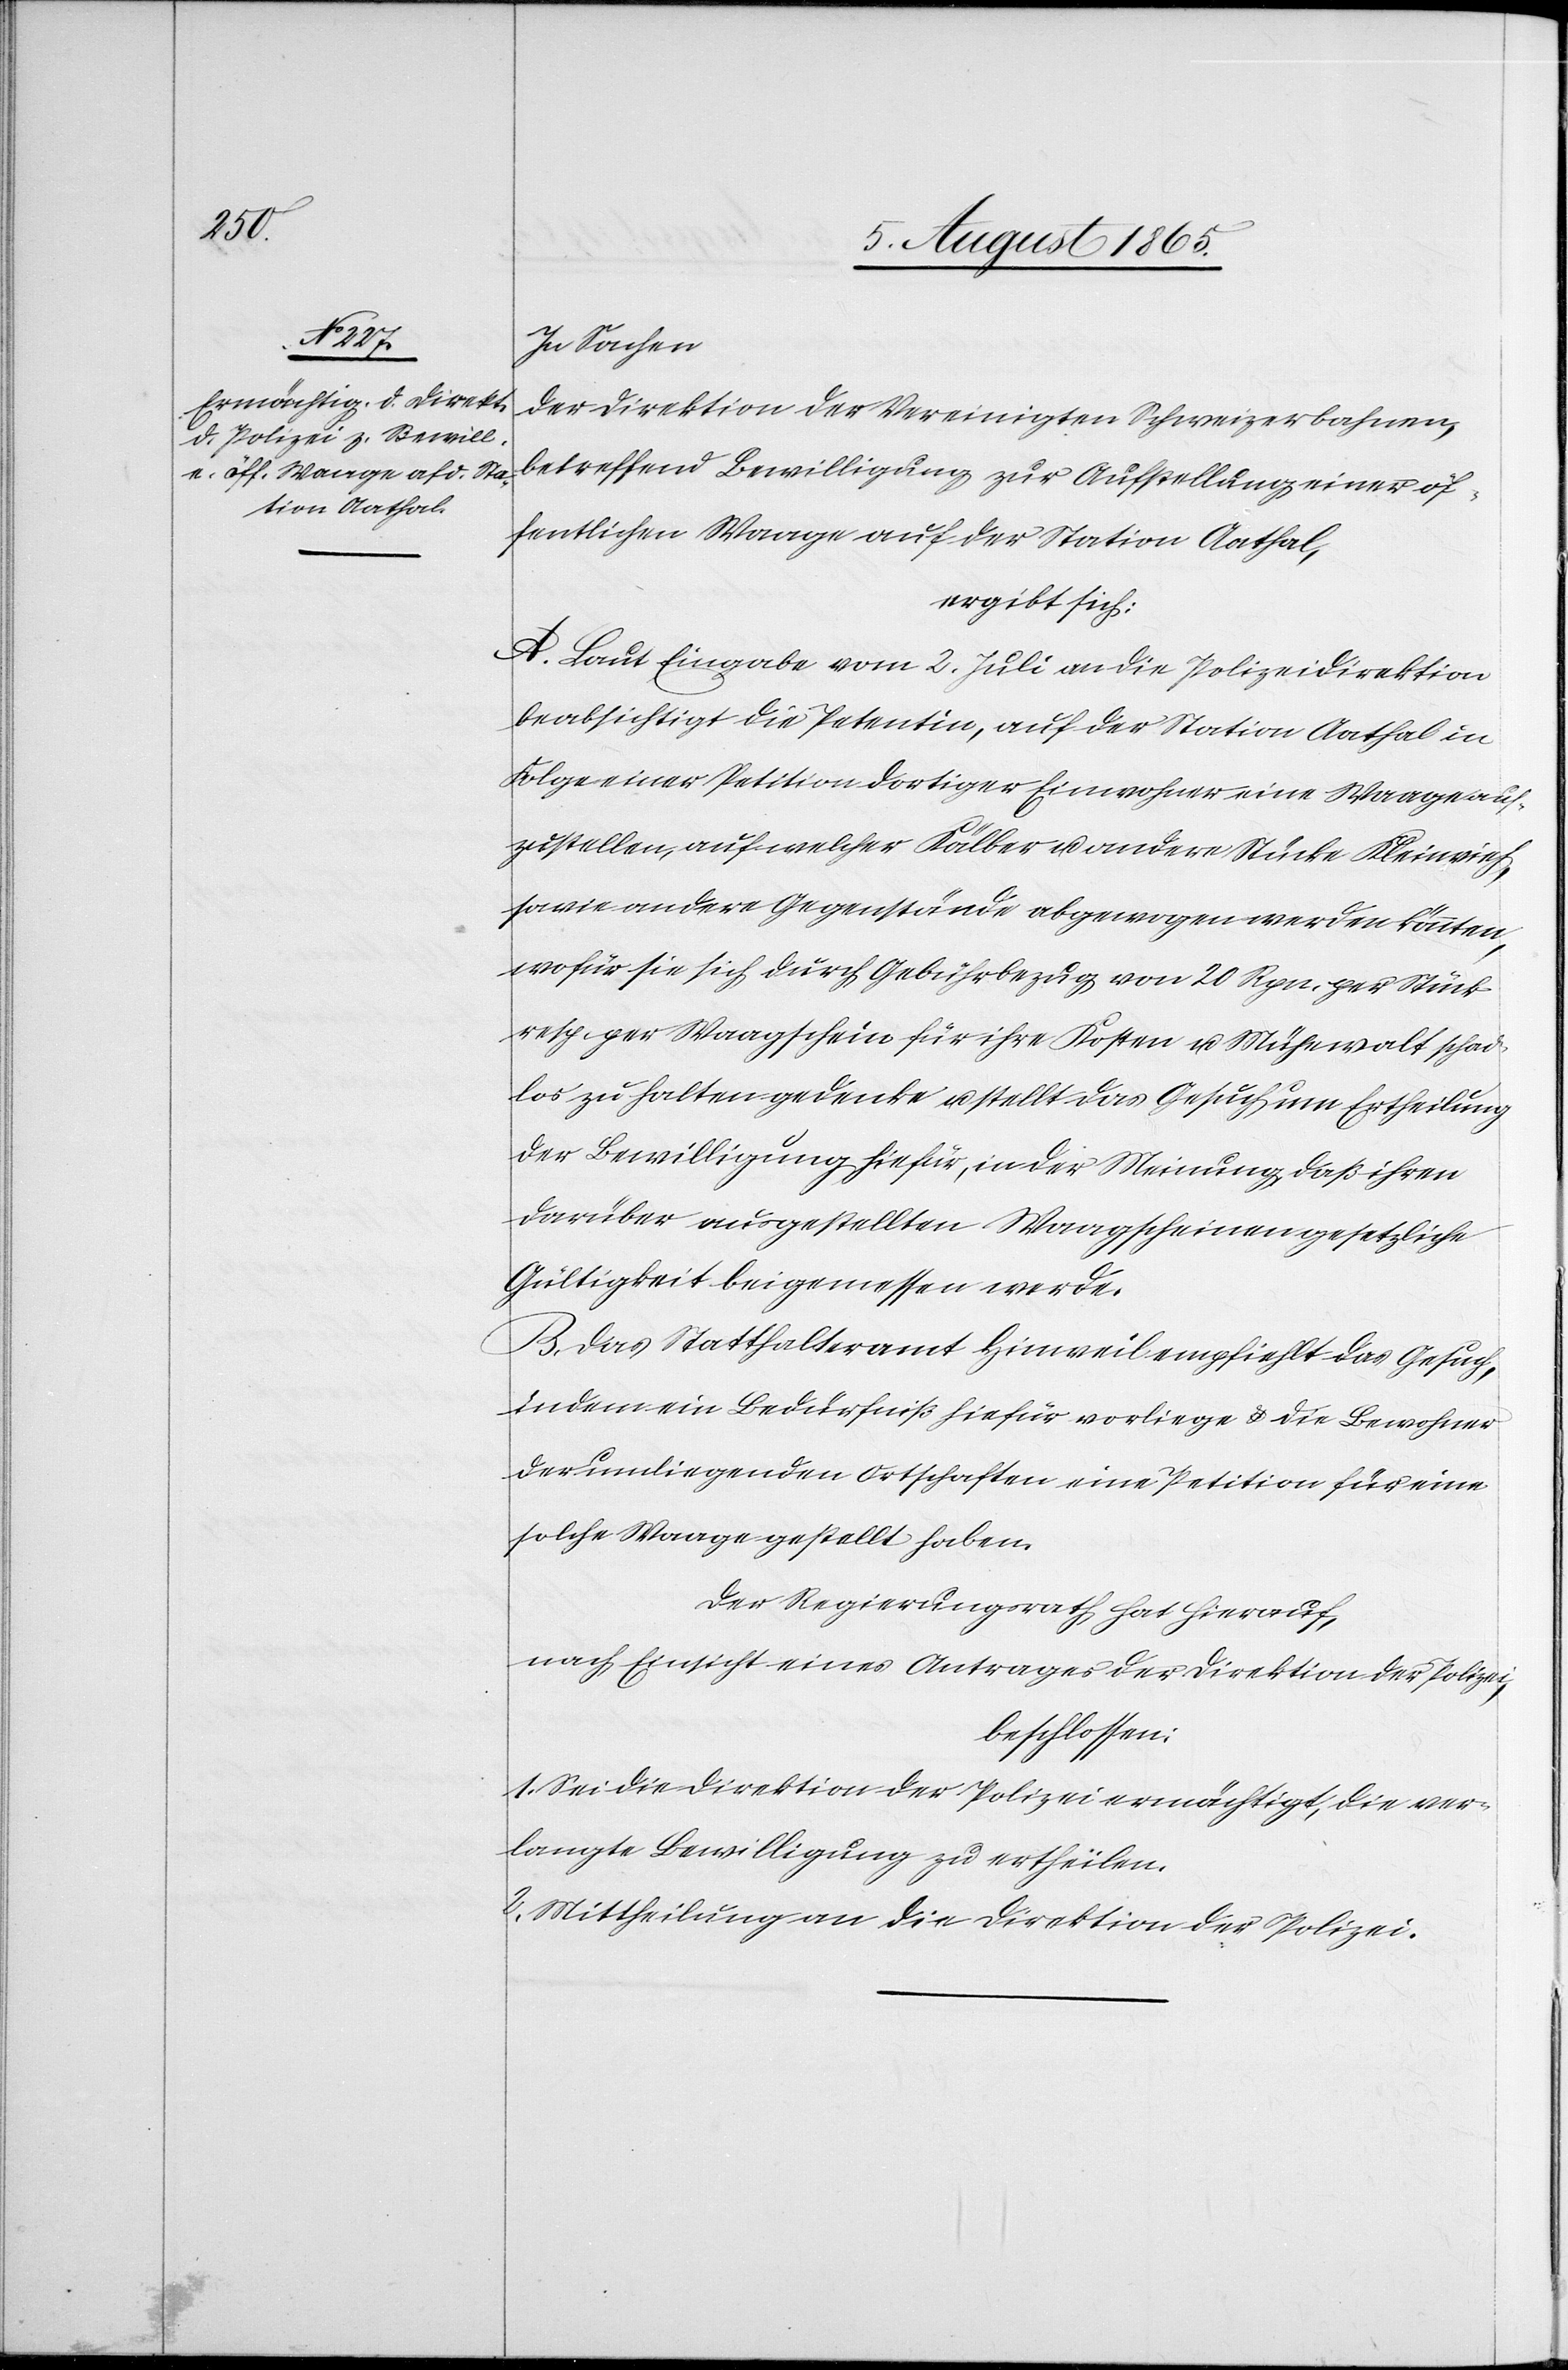
In Sachen
der Direktion der Vereinigten Schweizerbahnen,
betreffend Bewilligung zur Aufstellung einer öf¬
fentlichen Waage auf der Station Aathal,
ergibt sich:
A. Laut Eingabe vom 2. Juli an die Polizeidirektion
beabsichtigt die Petentin, auf der Station Aathal in
Folge einer Petition dortiger Einwohner eine Waage auf¬
zustellen, auf welcher Kälber u. andere Stücke Kleinvieh,
sowie andere Gegenstände abgewogen werden könnten,
wofür sie sich durch Gebührbezug von 20 Rpn. per Stück
resp. per Waagschein für ihre Kosten u. Mühewalt schad¬
los zu halten gedenke u. stellt das Gesuch um Ertheilung
der Bewilligung hiefür, in der Meinung, daß ihren
darüber ausgestellten Waagscheinen gesetzliche
Gültigkeit beigemessen werde.
B. Das Statthalteramt Hinweil empfiehlt das Gesuch,
indem ein Bedürfniß hiefür vorliege u. die Bewohner
der umliegenden Ortschaften eine Petition für eine
solche Waage gestellt haben.
Der Regierungsrath hat hierauf,
nach Einsicht eines Antrages der Direktion der Polizei,
beschlossen:
1. Sei die Direktion der Polizei ermächtigt, die ver¬
langte Bewilligung zu ertheilen.
2. Mittheilung an die Direktion der Polizei.